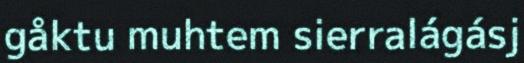
gåktu muhtem sierralágásj